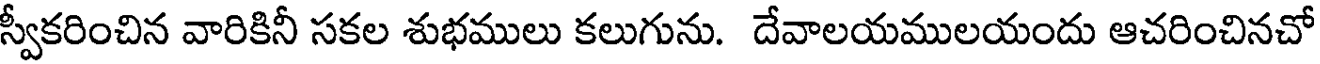
స్వీకరించిన వారికినీ సకల శుభములు కలుగును. దేవాలయములయందు ఆచరించినచో